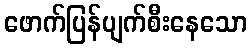
ဖောက်ပြန်ပျက်စီးနေသော